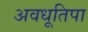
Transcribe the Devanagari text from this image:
अवधूतिपा